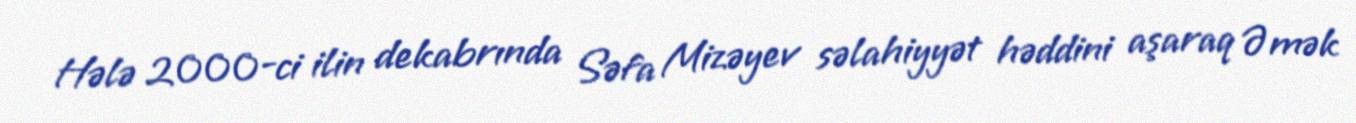
Hələ 2000-ci ilin dekabrında Səfa Mizəyev səlahiyyət həddini aşaraq Əmək